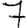
Digit: 7